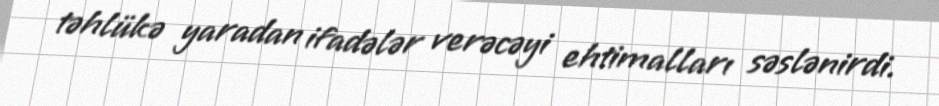
təhlükə yaradan ifadələr verəcəyi ehtimalları səslənirdi.